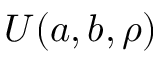
U ( a , b , \rho )